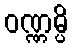
ဝဏ္ဏမ္ပိ